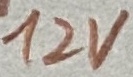
Text: 12V